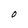
Character: O